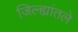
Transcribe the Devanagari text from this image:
जिल्ह्यांतले